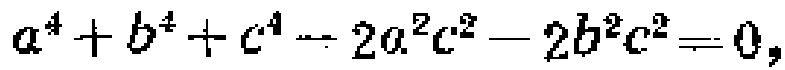
\(a^{4}+b^{4}+c^{4}-2a^{2}c^{2}-2b^{2}c^{2}=0\)